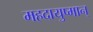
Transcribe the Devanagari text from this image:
महदायुष्मान्